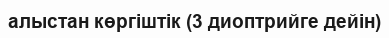
алыстан көргіштік (3 диоптрийге дейін)